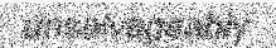
unsalvageably